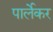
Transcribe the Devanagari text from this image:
पार्लेकर